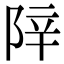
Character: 𬯁